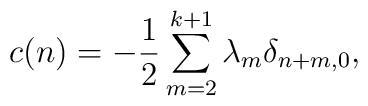
c(n)=-{1\over 2}\sum_{m=2}^{k+1}\lambda_m\delta_{n+m,0},